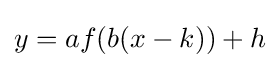
y=af(b(x-k))+h